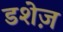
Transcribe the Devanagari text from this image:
डशेज़